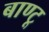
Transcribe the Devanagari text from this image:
बाण्टू